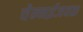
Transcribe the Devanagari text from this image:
चेन्‍नईजवळ